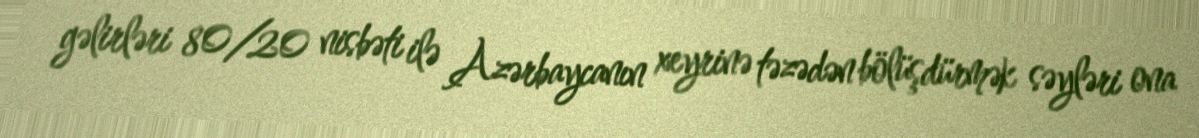
gəlirləri 80/20 nisbəti ilə Azərbaycanın xeyrinə təzədən bölüşdürmək səyləri ona